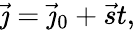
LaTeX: {\vec{\jmath}}={\vec{\jmath}}_{0}+{\vec{s}}t,